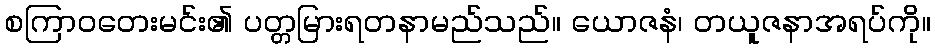
စကြာဝတေးမင်း၏ ပတ္တမြားရတနာမည်သည်။ ယောဇနံ၊ တယူဇနာအရပ်ကို။